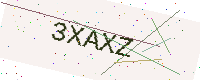
Text: 3XAXZ